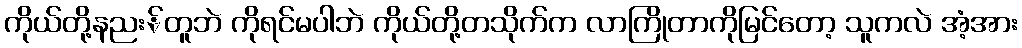
ကိုယ်တို့နညး်တူဘဲ ကိုရင်မပါဘဲ ကိုယ်တို့တသိုက်က လာကြိုတာကိုမြင်တော့ သူကလဲ အံ့အား